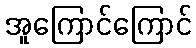
အူကြောင်ကြောင်